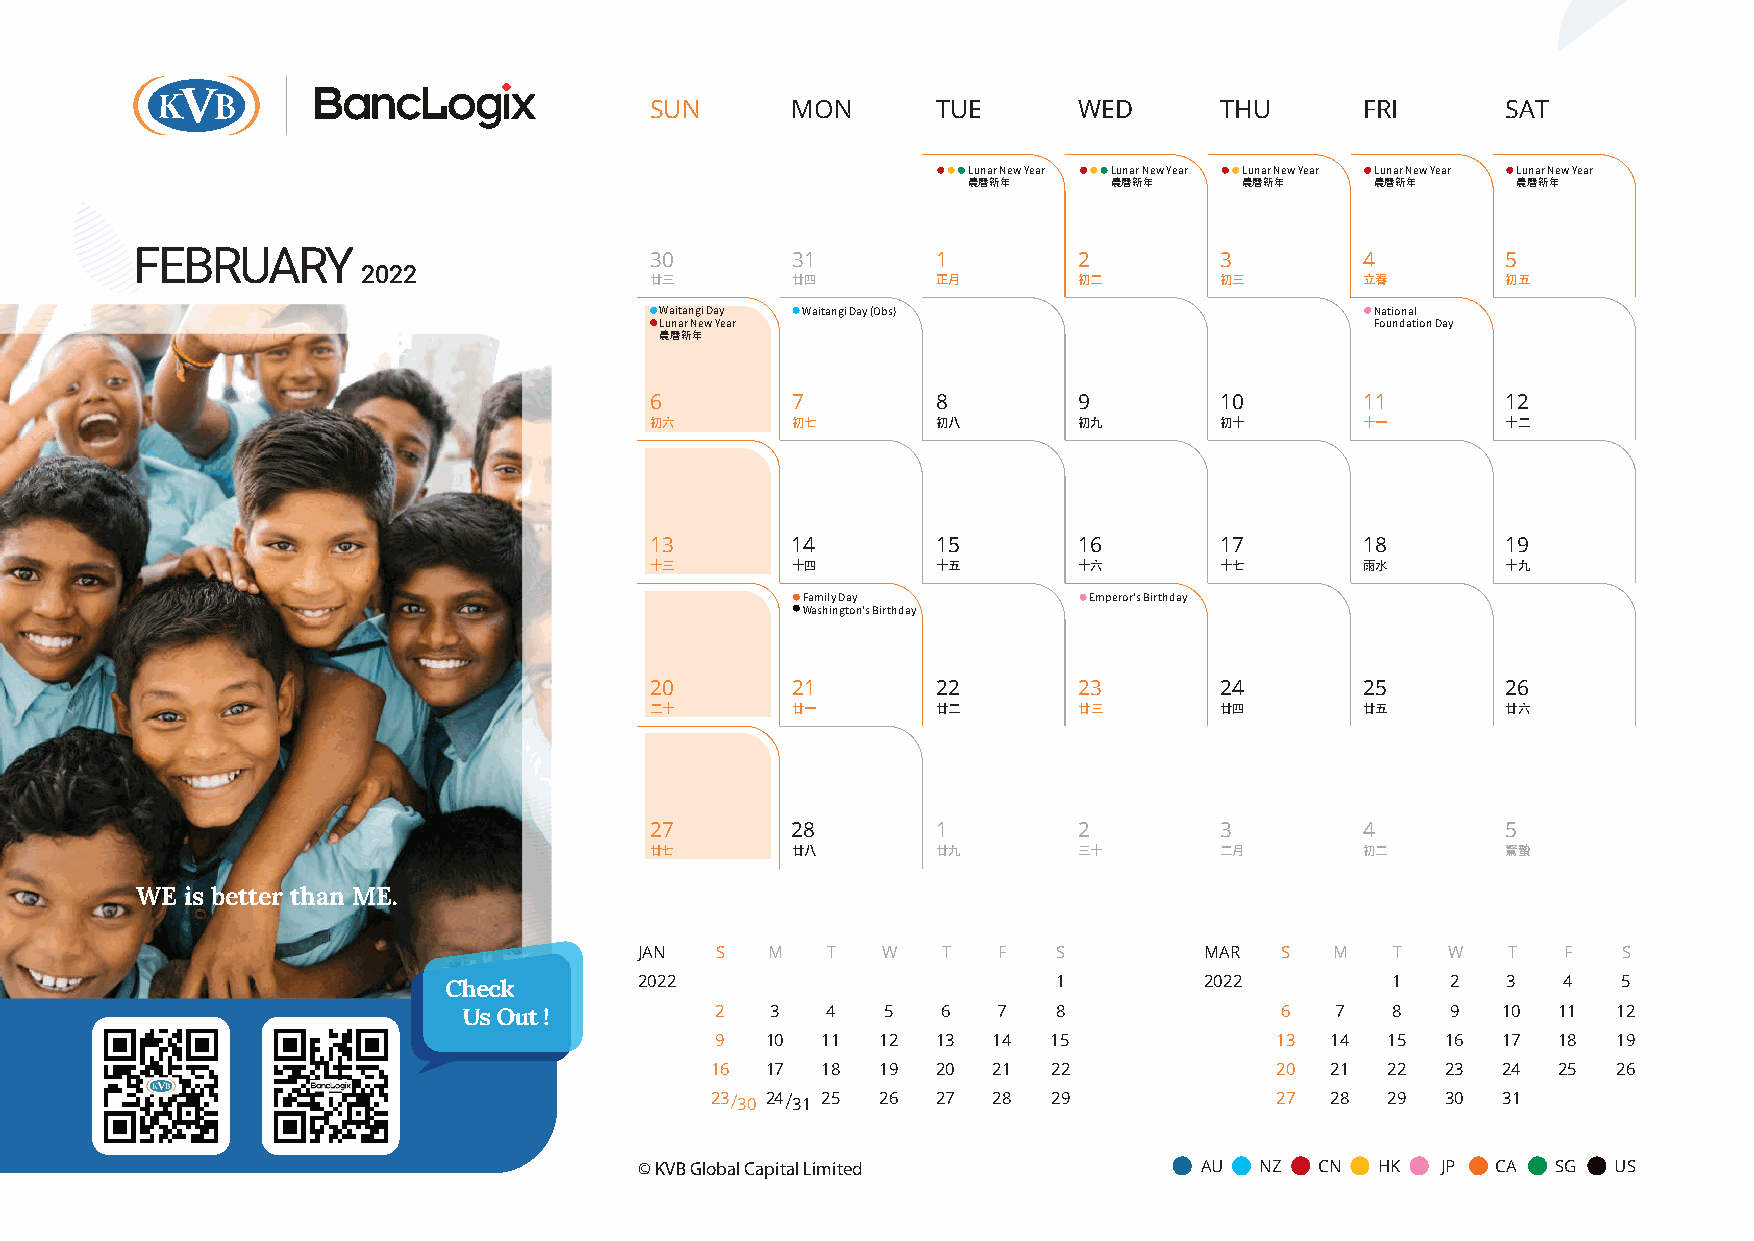
SUN      MON       TUE      WED       THU      FRI       SAT
 Lunar New Year Lunar New Year Lunar New Year Lunar New Year Lunar New Year
 農曆新年      農曆新年    農曆新年     農曆新年     農曆新年
 FEBRUARY                          30       31        1        2         3        4         5
 2022
 廿三       廿四        正月       初二        初三       立春        初五
 Waitangi Day Waitangi Day (Obs)                National
 Lunar New Year                                 Foundation Day
 農曆新年
 6        7         8        9         10       11        12
 初六       初七        初八       初九        初十       十一        十二
 13       14        15       16        17       18        19
 十三       十四        十五       十六        十七       雨水        十九
 Family Day         Emperor's Birthday
 Washington's Birthday
 20       21        22       23        24       25        26
 二十       廿一        廿二       廿三        廿四       廿五        廿六
 Tough times never last
 27       28        1        2         3        4         5
 but tough people do.
 廿七       廿八        廿九       三十        二月       初二        驚蟄
 WE is better than ME.
 JAN  S   M   T  W   T   F   S         MAR  S  M   T   W   T   F  S
 Check        2022                        1         2022        1   2   3   4  5
 Us Out !        2   3   4   5  6   7   8              6  7   8   9  10  11  12
 9   10 11  12  13  14  15            13  14  15  16 17  18  19
 16  17 18  19  20  21  22            20  21  22  23 24  25  26
 23 30 24 31 25 26 27 28 29           27  28  29  30 31
 © KVB Global Capital Limited          AU NZ  CN  HK  JP  CA  SG  US